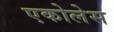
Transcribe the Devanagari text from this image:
एकोलेस